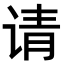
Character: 请